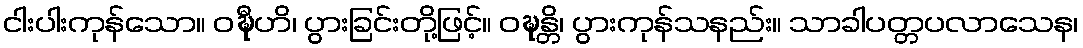
ငါးပါးကုန်သော။ ဝဍ္ဎီဟိ၊ ပွားခြင်းတို့ဖြင့်။ ဝဍ္ဎန္တိ၊ ပွားကုန်သနည်း။ သာခါပတ္တပလာသေန၊